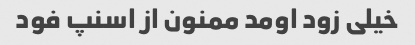
خیلی زود اومد ممنون از اسنپ فود